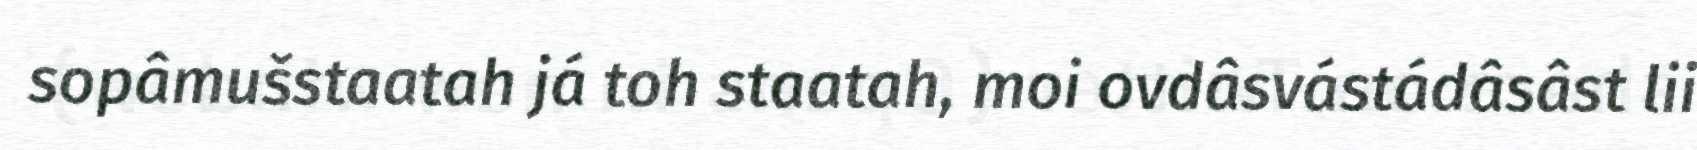
sopâmušstaatah já toh staatah, moi ovdâsvástádâsâst lii